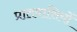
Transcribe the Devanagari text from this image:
प्रातवासियों